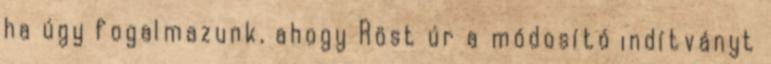
ha úgy fogalmazunk, ahogy Röst úr a módosító indítványt